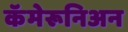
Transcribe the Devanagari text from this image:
कॅमेरूनिअन